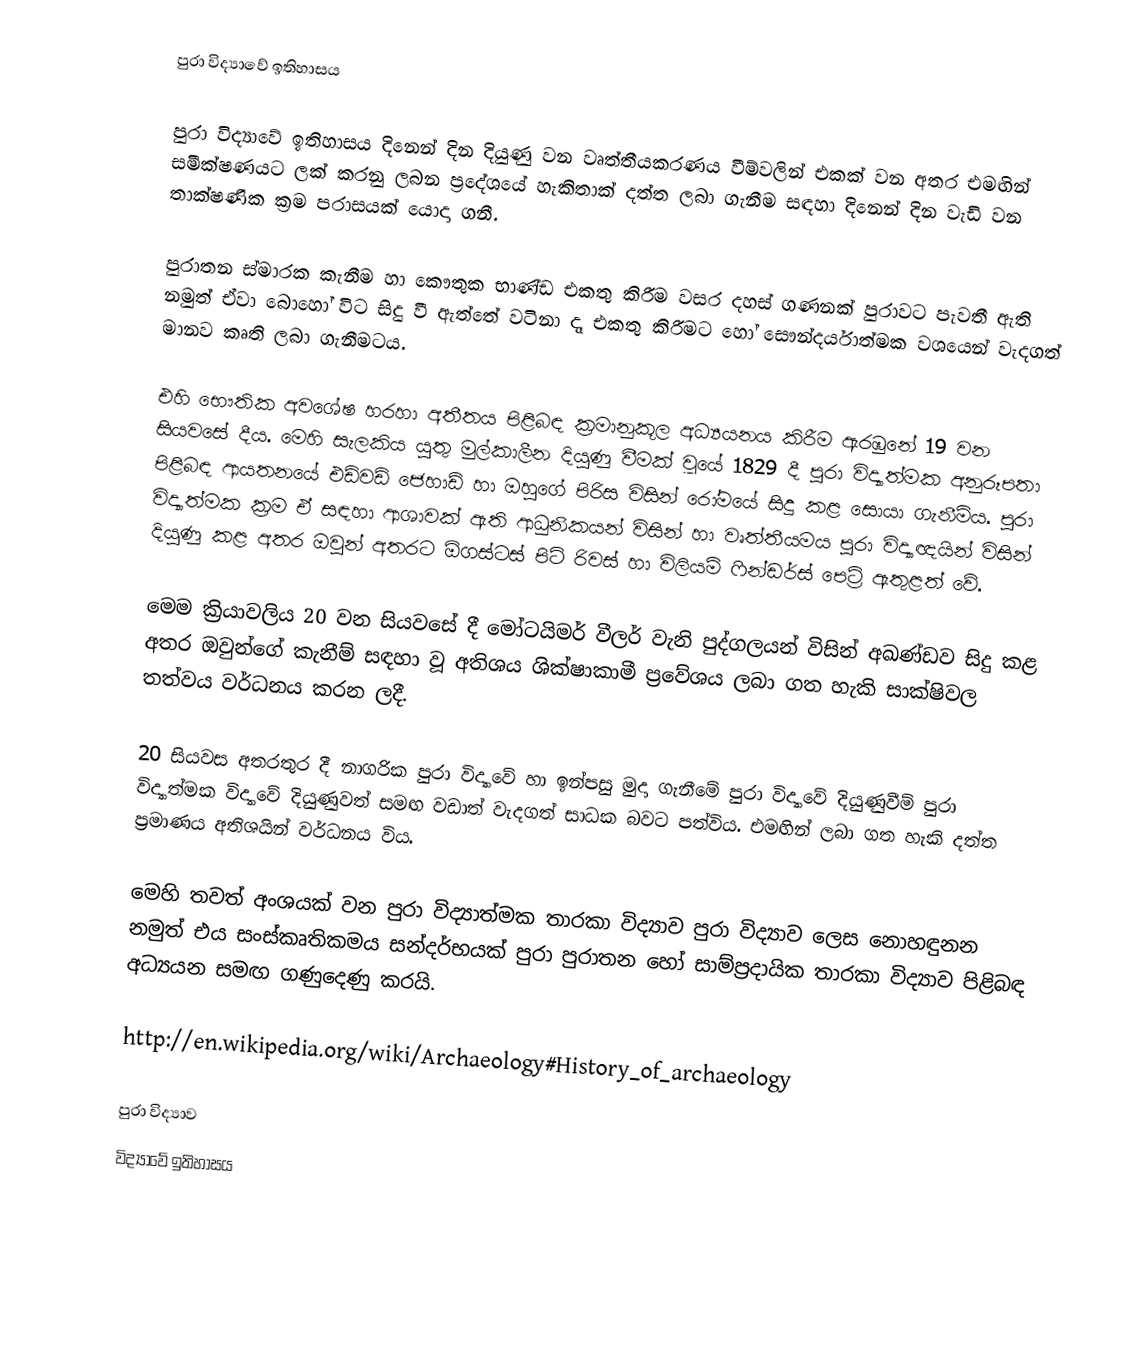
පුරා විද්‍යාවේ ඉතිහාසය

පුරා විද්‍යාවේ ඉතිහාසය දිනෙන් දින දියුණු වන වෘත්තීයකරණය වීම්වලින් එකක් වන අතර එමඟින් සමීක්ෂණයට ලක් කරනු ලබන ප්‍රදේශයේ හැකිතාක් දත්ත ලබා ගැනීම සඳහා දිනෙන් දින වැඩි වන තාක්ෂණික ක්‍රම පරාසයක් යොදා ගනී.

පුරාතන ස්මාරක කැනීම හා කෞතුක භාණ්ඩ එකතු කිරීම වසර දහස් ගණනක් පුරාවට පැවතී ඇති නමුත් ඒවා බොහෝ විට සිදු වී ඇත්තේ වටිනා දෑ එකතු කිරීමට හෝ සෞන්දර්යාත්මක වශයෙන් වැදගත් මානව කෘති ලබා ගැනීමටය.

එහි භෞතික අවශේෂ හරහා අතීතය පිළිබඳ ක්‍රමානුකූල අධ්‍යයනය කිරීම ඇරඹුනේ 19 වන සියවසේ දීය. මෙහි සැලකිය යුතු මුල්කාලීන දියුණු වීමක් වූයේ 1829 දී පුරා විද්‍යාත්මක අනුරූපතා පිළිබඳ ආයතනයේ එඩ්වඩ් ජෙහාඩ් හා ඔහුගේ පිරිස විසින් රෝමයේ සිදු කළ සොයා ගැනීම්ය. පුරා විද්‍යාත්මක ක්‍රම ඒ සඳහා ආශාවක් ඇති ආධුනිකයන් විසින් හා වෘත්තීයමය පුරා විද්‍යාඥයින් විසින් දියුණු කළ අතර ඔවුන් අතරට ඕගස්ටස් පිට් රිවස් හා විලියම් ෆින්ඩර්ස් පෙට්‍රි ඇතුළත් වේ.

මෙම ක්‍රියාවලිය 20 වන සියවසේ දී මෝටයිමර් වීලර් වැනි පුද්ගලයන් විසින් අඛණ්ඩව සිදු කළ අතර ඔවුන්ගේ කැනීම් සඳහා වූ අතිශය ශික්ෂාකාමී ප්‍රවේශය ලබා ගත හැකි සාක්ෂිවල තත්වය වර්ධනය කරන ලදී.

20 සියවස අතරතුර දී නාගරික පුරා විද්‍යාවේ හා ඉන්පසු මුදා ගැනීමේ පුරා විද්‍යාවේ දියුණුවීම් පුරා විද්‍යාත්මක විද්‍යාවේ දියුණුවත් සමඟ වඩාත් වැදගත් සාධක බවට පත්විය. එමඟින් ලබා ගත හැකි දත්ත ප්‍රමාණය අතිශයින් වර්ධනය විය.

මෙහි තවත් අංශයක් වන පුරා විද්‍යාත්මක තාරකා විද්‍යාව පුරා විද්‍යාව ලෙස නොහඳුනන නමුත් එය සංස්කෘතිකමය සන්දර්භයක් පුරා පුරාතන හෝ සාම්ප්‍රදායික තාරකා විද්‍යාව පිළිබඳ අධ්‍යයන සමඟ ගණුදෙණු කරයි.

http://en.wikipedia.org/wiki/Archaeology#History_of_archaeology

පුරා විද්‍යාව
විද්‍යා‍වේ ඉතිහාසය